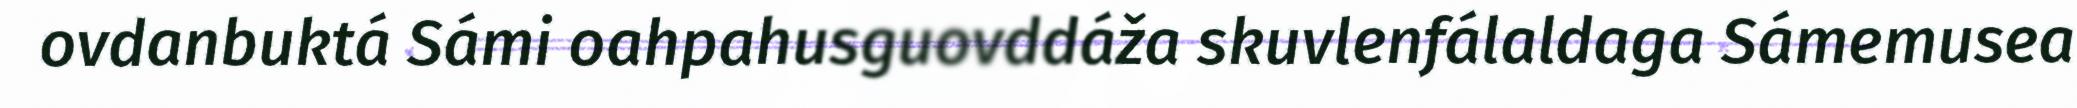
ovdanbuktá Sámi oahpahusguovddáža skuvlenfálaldaga Sámemusea